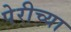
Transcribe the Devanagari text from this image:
पेरीच्या